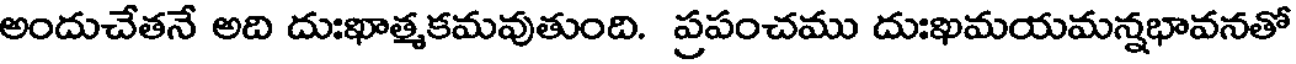
అందుచేతనే అది దుఃఖాత్మకమవుతుంది. ప్రపంచము దుఃఖమయమన్నభావనతో